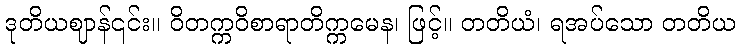
ဒုတိယဈာန်၎င်း။ ဝိတက္ကဝိစာရာတိက္ကမေန၊ ဖြင့်။ တတိယံ၊ ရအပ်သော တတိယ